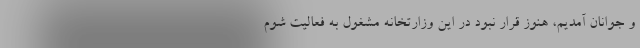
و جوانان آمدیم، هنوز قرار نبود در این وزارتخانه مشغول به فعالیت شوم